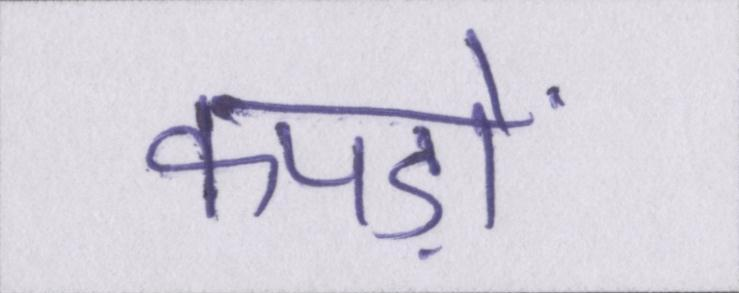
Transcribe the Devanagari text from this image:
कपड़ों